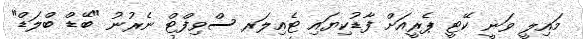
މައިލީ ވަނީ ކޭޓީ ޕެރީއަށް ފާޑުކިޔައި ޓެއިލަރ ސްވިފްޓް ނެރުނު "ބޭޑް ބްލަޑް"